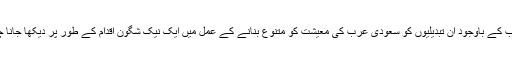
اس سب کے باوجود ان تبدیلیوں کو سعودی عرب کی معیشت کو متنوع بنانے کے عمل میں ایک نیک شگون اقدام کے طور پر دیکھا جانا چاہیے۔